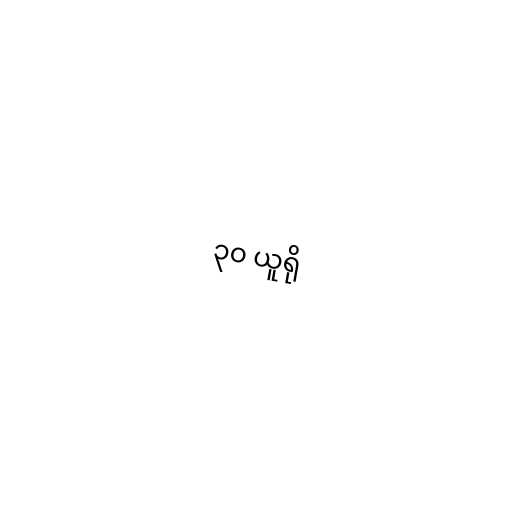
၃၀ ယူရို